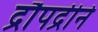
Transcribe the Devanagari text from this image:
द्रौपद्रीने